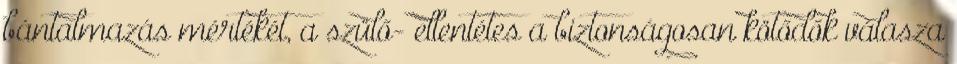
bántalmazás mértékét, a szülő- ellentétes a biztonságosan kötődők válasza